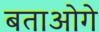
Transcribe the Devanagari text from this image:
बताओगे